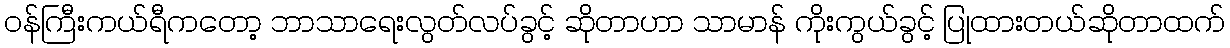
ဝန်ကြီးကယ်ရီကတော့ ဘာသာရေးလွတ်လပ်ခွင့် ဆိုတာဟာ သာမာန် ကိုးကွယ်ခွင့် ပြုထားတယ်ဆိုတာထက်